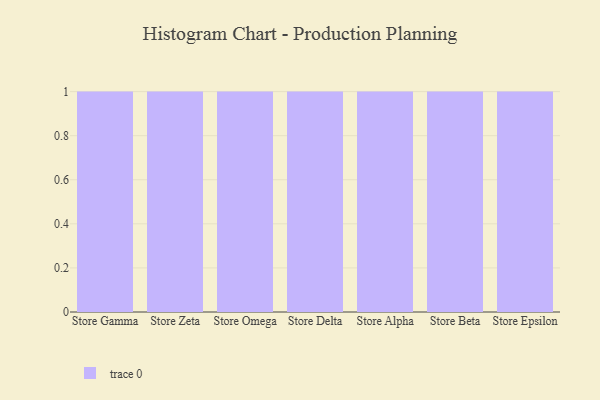
{"axis": {"x": "Store", "y": "Demand Index"}, "legend": [""], "data": [{"x": "Store Gamma", "y": 50, "type": ""}, {"x": "Store Zeta", "y": 36, "type": ""}, {"x": "Store Omega", "y": 28, "type": ""}, {"x": "Store Delta", "y": 37, "type": ""}, {"x": "Store Alpha", "y": 67, "type": ""}, {"x": "Store Beta", "y": 21, "type": ""}, {"x": "Store Epsilon", "y": 90, "type": ""}]}